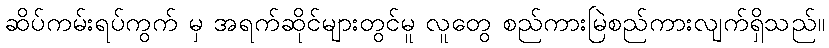
ဆိပ်ကမ်းရပ်ကွက် မှ အရက်ဆိုင်များတွင်မူ လူတွေ စည်ကားမြဲစည်ကားလျက်ရှိသည်။